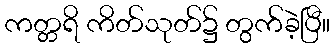
ကတ္တရိ ကိတ်သုတ်၌ တွက်ခဲ့ပြီ။